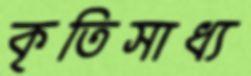
কৃতিসাধ্য